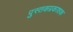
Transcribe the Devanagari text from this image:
पुस्तकप्रकाशक